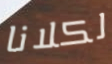
لكلانا